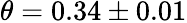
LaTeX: \theta=0.34\pm 0.01